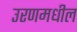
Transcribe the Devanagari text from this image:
उरणमधील